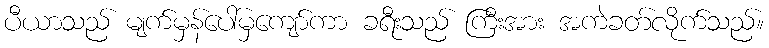
ပီယာသည် မျက်မှန်ပေါ်မှကျော်ကာ ခရီးသည် ကြီးအား အကဲခတ်လိုက်သည်။